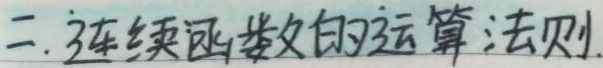
二. 连续函数的运算法则.